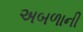
અબળાની